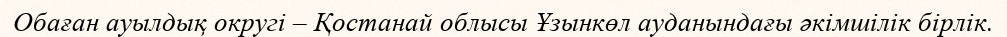
Обаған ауылдық округі – Қостанай облысы Ұзынкөл ауданындағы әкімшілік бірлік.